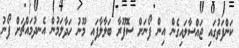
ކަންފަތުގައި ޖައްސާލައިގެން އިން ފޯނަށް ސޮފޫރާ ބަލާލާފައި މޫނު ހަދާލަމުން އެނދުމައްޗަށް ފޯނު